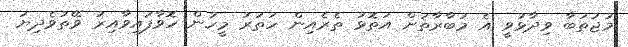
މުޖުތަބާ ވިދާޅުވީ އެ މުބާރާތަށް އަތޮޅު ތެރެއިން ހަތަރު މީހުން ހޮވާފައިވާއިރު ވޭތުވެދިޔަ